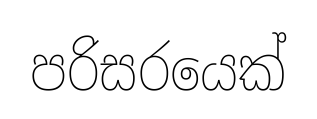
පරිසරයෙක්